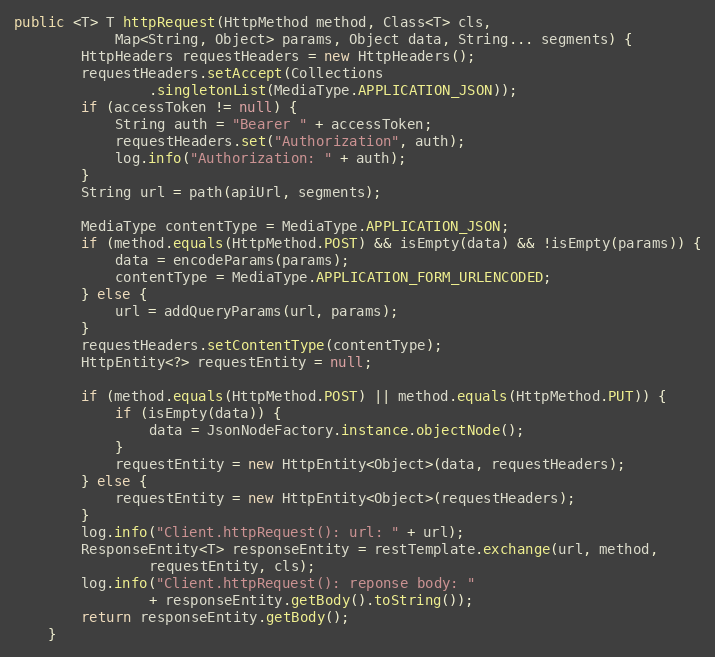
Language: Java
public <T> T httpRequest(HttpMethod method, Class<T> cls,
            Map<String, Object> params, Object data, String... segments) {
        HttpHeaders requestHeaders = new HttpHeaders();
        requestHeaders.setAccept(Collections
                .singletonList(MediaType.APPLICATION_JSON));
        if (accessToken != null) {
            String auth = "Bearer " + accessToken;
            requestHeaders.set("Authorization", auth);
            log.info("Authorization: " + auth);
        }
        String url = path(apiUrl, segments);

        MediaType contentType = MediaType.APPLICATION_JSON;
        if (method.equals(HttpMethod.POST) && isEmpty(data) && !isEmpty(params)) {
            data = encodeParams(params);
            contentType = MediaType.APPLICATION_FORM_URLENCODED;
        } else {
            url = addQueryParams(url, params);
        }
        requestHeaders.setContentType(contentType);
        HttpEntity<?> requestEntity = null;

        if (method.equals(HttpMethod.POST) || method.equals(HttpMethod.PUT)) {
            if (isEmpty(data)) {
                data = JsonNodeFactory.instance.objectNode();
            }
            requestEntity = new HttpEntity<Object>(data, requestHeaders);
        } else {
            requestEntity = new HttpEntity<Object>(requestHeaders);
        }
        log.info("Client.httpRequest(): url: " + url);
        ResponseEntity<T> responseEntity = restTemplate.exchange(url, method,
                requestEntity, cls);
        log.info("Client.httpRequest(): reponse body: "
                + responseEntity.getBody().toString());
        return responseEntity.getBody();
    }